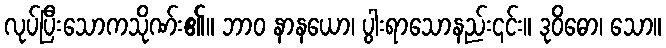
လုပ်ပြီးသောကသိုဏ်း၏။ ဘာဝ နာနယော၊ ပွါးရာသောနည်း၎င်း။ ဒုဝိဓော၊ သော။